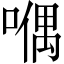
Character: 𠽀